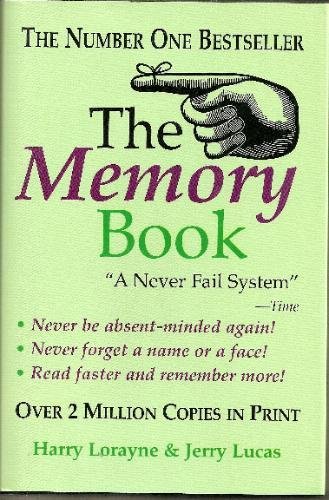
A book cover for The Memory Book; Harry Lorayne; Self-Help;